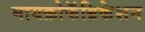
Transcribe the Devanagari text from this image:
मायक्रोफॅब्रिकेशन